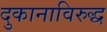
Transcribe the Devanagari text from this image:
दुकानाविरुद्ध